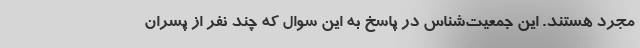
مجرد هستند. این جمعیت‌شناس در پاسخ به این سوال که چند نفر از پسران